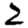
Digit: 2